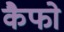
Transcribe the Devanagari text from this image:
कैफो